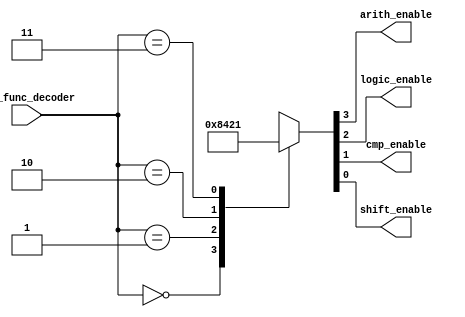
module decoder (
    input wire [1:0] alu_func_decoder,
    output reg arith_enable,logic_enable,cmp_enable,shift_enable
);
    
    always @(*) begin
            {arith_enable,logic_enable,cmp_enable,shift_enable}=4'b0000;
        case (alu_func_decoder)
            2'b00:begin 
                {arith_enable,logic_enable,cmp_enable,shift_enable}=4'b1000;
            end
             2'b01:begin
                {arith_enable,logic_enable,cmp_enable,shift_enable}=4'b0100;
            end
             2'b10:begin
                {arith_enable,logic_enable,cmp_enable,shift_enable}=4'b0010;
            end
            2'b11:begin
                {arith_enable,logic_enable,cmp_enable,shift_enable}=4'b0001;
            end 
            default: begin
                {arith_enable,logic_enable,cmp_enable,shift_enable}=4'b0000;
            end
        endcase
    end
endmodule